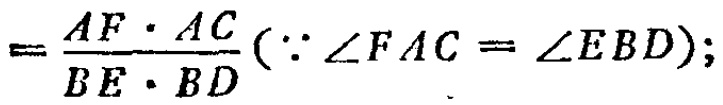
$=\frac{AF\cdot AC}{BE\cdot BD}(\because\angle FAC = \angle EBD);$